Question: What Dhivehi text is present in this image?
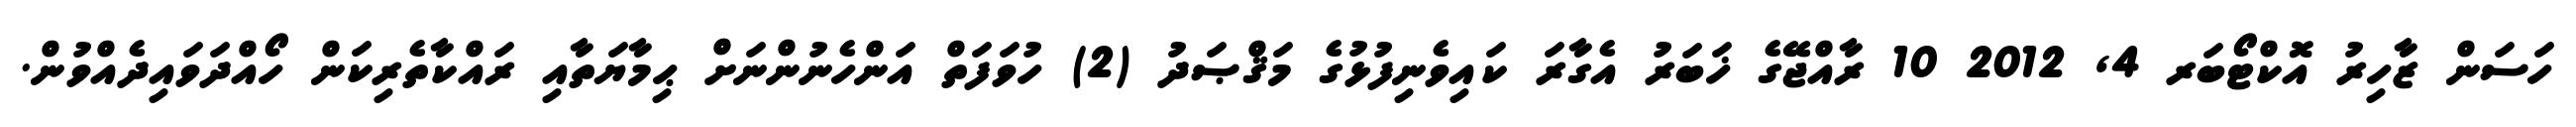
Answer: ހަސަން ޒާހިރު އޮކްޓޯބަރ 4, 2012 10 ރާއްޖޭގެ ޚަބަރު އެގާރަ ކައިވެނިފުޅުގެ މަޤްޞަދު (2) ހުވަފަތް އަންހެނުންނަށް ޙިމާޔަތާއި ރައްކާތެރިކަން ހޯއްދަވައިދެއްވުން.